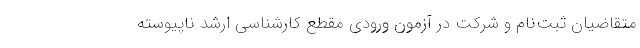
متقاضیان ثبت‌نام و شرکت در آزمون ورودی مقطع کارشناسی ارشد ناپیوسته